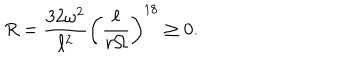
LaTeX: R = \frac { 3 2 \omega ^ { 2 } } { \ell ^ { 2 } } \left( \frac { \ell } { r \Omega } \right) ^ { 1 8 } \ge 0 .